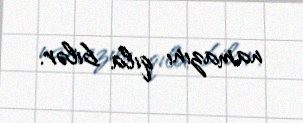
namazını qıla bilər.